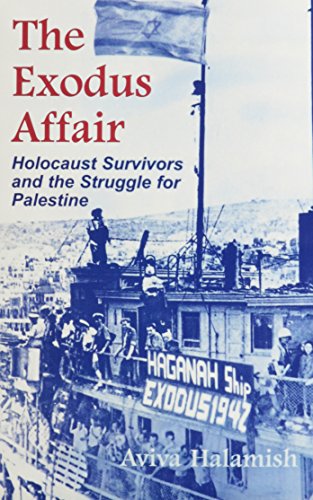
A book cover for Exodus Affair: Holocaust Survivors and the Struggle for Palestine, 1947 (Religion, Theology and the Holocaust); Aviva Halamish; Christian Books & Bibles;